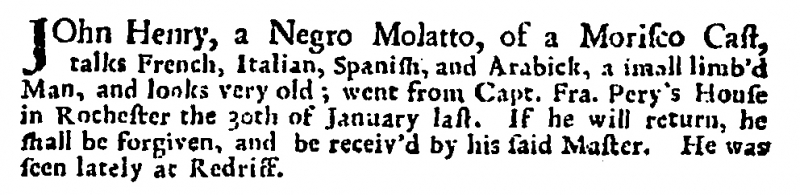
Post Boy (1695), 6 February 1720 (England)
JOhn Henry, a Negro Molatto, of a Morisco Cast, talks French, Italian, Spanish and Arabick, a small limb’d Man, and looks very old; went from Capt. Fra. Pery’s House in Rochester the 30th of January last. If he will return, he shall be forgiven, and be receiv’d by his said Master. He was seen lately at Redriff.